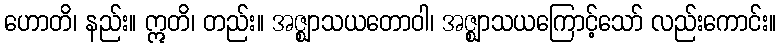
ဟောတိ၊ နည်း။ ဣတိ၊ တည်း။ အဇ္ဈာသယတောဝါ၊ အဇ္ဈာသယကြောင့်သော် လည်းကောင်း။